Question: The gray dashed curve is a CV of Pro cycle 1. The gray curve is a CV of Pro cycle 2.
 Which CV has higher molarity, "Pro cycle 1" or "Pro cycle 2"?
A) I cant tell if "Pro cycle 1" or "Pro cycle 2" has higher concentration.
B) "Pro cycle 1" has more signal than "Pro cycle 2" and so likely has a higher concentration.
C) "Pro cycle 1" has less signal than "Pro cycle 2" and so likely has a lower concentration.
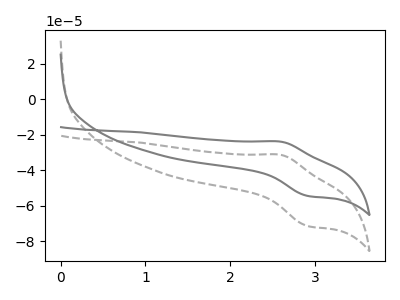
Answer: <think>The gray dashed curve "Pro cycle 1" has an anodic peak at (2.60V, -31.35uA) and a cathodic peak at (2.90V, -71.55uA). The gray curve "Pro cycle 2" has an anodic peak at (2.60V, -23.90uA) and a cathodic peak at (2.90V, -54.55uA).
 All the peaks in "Pro cycle 1" have a peak in "Pro cycle 2" at the same potential.</think>
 <answer>A) I cant tell if "Pro cycle 1" or "Pro cycle 2" has higher concentration.</answer>
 <eval>A</eval>